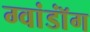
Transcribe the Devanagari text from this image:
ग्वांडॉंग